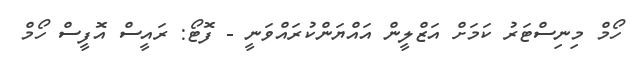
ހޯމް މިނިސްޓަރު ކަމަށް އަޒްލީން އައްޔަންކުރައްވަނީ - ފޮޓޯ: ރައީސް އޮފީސް ހޯމް